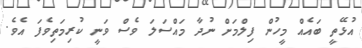
އުޅޭތީ ބައެއް މީހުން ފިލްމަށް ނުދާ މައްސަލަ ވެސް ވަނީ ކުރިމަތިވެފަ އެވެ.